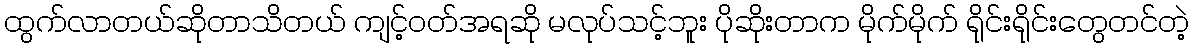
ထွက်လာတယ်ဆိုတာသိတယ် ကျင့်ဝတ်အရဆို မလုပ်သင့်ဘူး ပိုဆိုးတာက မိုက်မိုက် ရိုင်းရိုင်းတွေတင်တဲ့